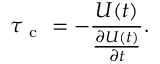
\tau _ { \mathrm { ~ c ~ } } = - \frac { U ( t ) } { \frac { \partial U ( t ) } { \partial t } } .